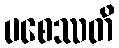
ပစေဿတိ